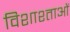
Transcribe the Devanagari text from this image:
विशाश्ताओं